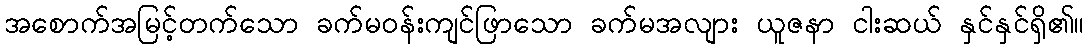
အစောက်အမြင့်တက်သော ခက်မဝန်းကျင်ဖြာသော ခက်မအလျား ယူဇနာ ငါးဆယ် နှင်နှင်ရှိ၏။